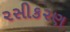
૨સીક૨ણ